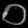
Digit: ၀